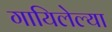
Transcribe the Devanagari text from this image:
गायिलेल्या